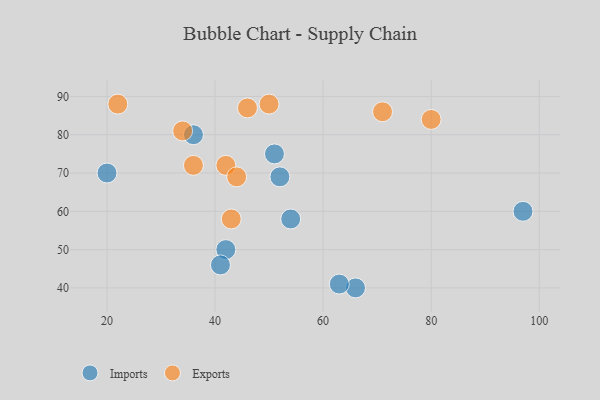
{"axis": {"x": "GDP", "y": "Life Expectancy"}, "legend": ["Exports", "Imports"], "data": [{"x": "54", "y": 58, "type": "Imports"}, {"x": "66", "y": 40, "type": "Imports"}, {"x": "51", "y": 75, "type": "Imports"}, {"x": "52", "y": 69, "type": "Imports"}, {"x": "42", "y": 50, "type": "Imports"}, {"x": "63", "y": 41, "type": "Imports"}, {"x": "41", "y": 46, "type": "Imports"}, {"x": "20", "y": 70, "type": "Imports"}, {"x": "36", "y": 80, "type": "Imports"}, {"x": "97", "y": 60, "type": "Imports"}, {"x": "80", "y": 84, "type": "Exports"}, {"x": "42", "y": 72, "type": "Exports"}, {"x": "34", "y": 81, "type": "Exports"}, {"x": "46", "y": 87, "type": "Exports"}, {"x": "36", "y": 72, "type": "Exports"}, {"x": "43", "y": 58, "type": "Exports"}, {"x": "71", "y": 86, "type": "Exports"}, {"x": "50", "y": 88, "type": "Exports"}, {"x": "44", "y": 69, "type": "Exports"}, {"x": "22", "y": 88, "type": "Exports"}]}